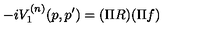
- i V _ { 1 } ^ { ( n ) } ( p , p ^ { \prime } ) = ( \Pi R ) ( \Pi f )